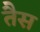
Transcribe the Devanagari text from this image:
तैस